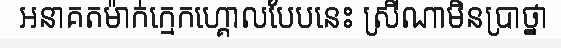
អនាគតម៉ាក់ក្មេកហ្គោលបែបនេះ ស្រីណាមិនប្រាថ្នា